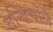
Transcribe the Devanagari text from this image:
वन्डिचोलै